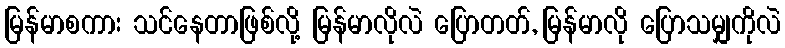
မြန်မာစကား သင်နေတာဖြစ်လို့ မြန်မာလိုလဲ ပြောတတ်, မြန်မာလို ပြောသမျှကိုလဲ